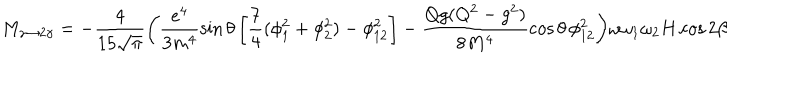
LaTeX: M _ { \gamma \to 2 \gamma } = - \frac { 4 } { 1 5 \sqrt { \pi } } \biggl ( \frac { e ^ { 4 } } { 3 m ^ { 4 } } \sin \theta \left[ \frac { 7 } { 4 } ( \phi _ { 1 } ^ { 2 } + \phi _ { 2 } ^ { 2 } ) - \phi _ { 1 2 } ^ { 2 } \right] - \frac { Q g ( Q ^ { 2 } - g ^ { 2 } ) } { 8 M ^ { 4 } } \cos \theta \, \phi _ { 1 2 } ^ { 2 } \biggr ) \omega \omega _ { 1 } \omega _ { 2 } H \cos 2 \beta